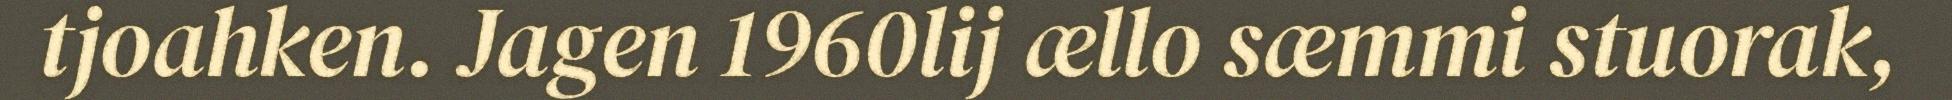
tjoahken. Jagen 1960lij ællo sæmmi stuorak,